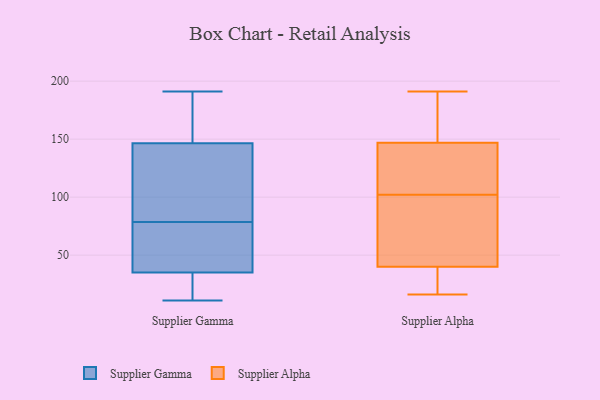
{"axis": {"x": "Operating Costs (USD K)", "y": "Value"}, "legend": ["Supplier Alpha", "Supplier Gamma"], "data": [{"x": "", "y": 39, "type": "Supplier Gamma"}, {"x": "", "y": 184, "type": "Supplier Gamma"}, {"x": "", "y": 25, "type": "Supplier Gamma"}, {"x": "", "y": 75, "type": "Supplier Gamma"}, {"x": "", "y": 31, "type": "Supplier Gamma"}, {"x": "", "y": 78, "type": "Supplier Gamma"}, {"x": "", "y": 11, "type": "Supplier Gamma"}, {"x": "", "y": 79, "type": "Supplier Gamma"}, {"x": "", "y": 132, "type": "Supplier Gamma"}, {"x": "", "y": 191, "type": "Supplier Gamma"}, {"x": "", "y": 92, "type": "Supplier Gamma"}, {"x": "", "y": 161, "type": "Supplier Gamma"}, {"x": "", "y": 116, "type": "Supplier Gamma"}, {"x": "", "y": 40, "type": "Supplier Gamma"}, {"x": "", "y": 16, "type": "Supplier Gamma"}, {"x": "", "y": 176, "type": "Supplier Gamma"}, {"x": "", "y": 18, "type": "Supplier Alpha"}, {"x": "", "y": 59, "type": "Supplier Alpha"}, {"x": "", "y": 86, "type": "Supplier Alpha"}, {"x": "", "y": 177, "type": "Supplier Alpha"}, {"x": "", "y": 140, "type": "Supplier Alpha"}, {"x": "", "y": 39, "type": "Supplier Alpha"}, {"x": "", "y": 181, "type": "Supplier Alpha"}, {"x": "", "y": 37, "type": "Supplier Alpha"}, {"x": "", "y": 95, "type": "Supplier Alpha"}, {"x": "", "y": 172, "type": "Supplier Alpha"}, {"x": "", "y": 138, "type": "Supplier Alpha"}, {"x": "", "y": 191, "type": "Supplier Alpha"}, {"x": "", "y": 102, "type": "Supplier Alpha"}, {"x": "", "y": 102, "type": "Supplier Alpha"}, {"x": "", "y": 147, "type": "Supplier Alpha"}, {"x": "", "y": 40, "type": "Supplier Alpha"}, {"x": "", "y": 133, "type": "Supplier Alpha"}, {"x": "", "y": 16, "type": "Supplier Alpha"}]}